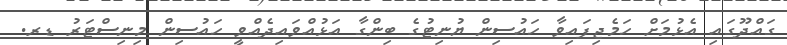
ގައްދޫގައި އެޅުމަށް ހަމެޖިފައިވާ ހައުސިން ޔުނިޓުގެ ބިންގާ އަޅުއްވައިދެއްވީ ހައުސިން މިނިސްޓަރު ޑރ.